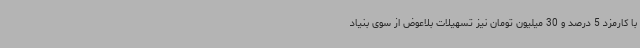
با کارمزد 5 درصد و 30 میلیون تومان نیز تسهیلات بلاعوض از سوی بنیاد